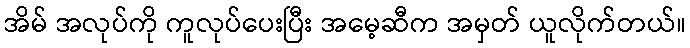
အိမ် အလုပ်ကို ကူလုပ်ပေးပြီး အမေ့ဆီက အမှတ် ယူလိုက်တယ်။